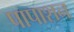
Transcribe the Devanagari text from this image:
पापाशन